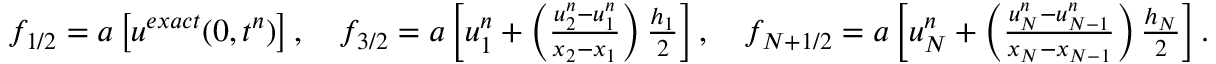
\begin{array} { r } { f _ { 1 / 2 } = a \left[ u ^ { e x a c t } ( 0 , t ^ { n } ) \right] , \quad f _ { 3 / 2 } = a \left[ u _ { 1 } ^ { n } + \left( \frac { u _ { 2 } ^ { n } - u _ { 1 } ^ { n } } { x _ { 2 } - x _ { 1 } } \right) \frac { h _ { 1 } } { 2 } \right] , \quad f _ { N + 1 / 2 } = a \left[ u _ { N } ^ { n } + \left( \frac { u _ { N } ^ { n } - u _ { N - 1 } ^ { n } } { x _ { N } - x _ { N - 1 } } \right) \frac { h _ { N } } { 2 } \right] . } \end{array}